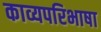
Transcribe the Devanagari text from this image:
काव्यपरिभाषा